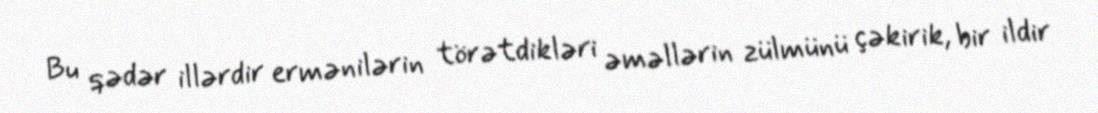
Bu qədər illərdir ermənilərin törətdikləri əməllərin zülmünü çəkirik, bir ildir